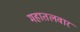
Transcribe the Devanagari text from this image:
महातलवार